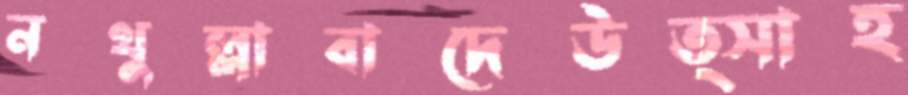
নথুল্লাবাদেউত্সাহ